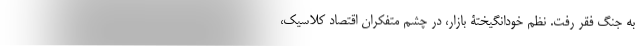
به جنگِ فقر رفت. نظم خودانگیختۀ بازار، در چشم متفکران اقتصاد کلاسیک،